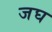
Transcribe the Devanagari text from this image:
जघ